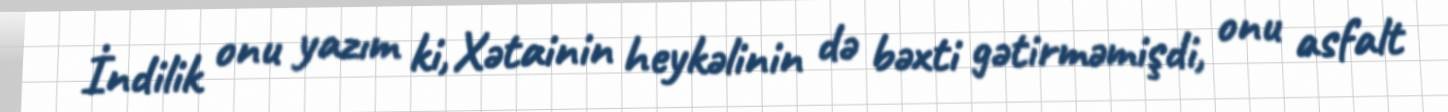
İndilik onu yazım ki, Xətainin heykəlinin də bəxti gətirməmişdi, onu asfalt